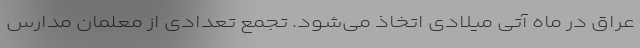
عراق در ماه آتی میلادی اتخاذ می‌شود. تجمع تعدادی از معلمان مدارس